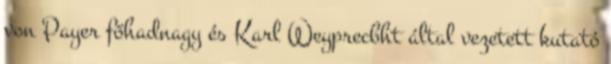
von Payer főhadnagy és Karl Weyprecbht által vezetett kutató